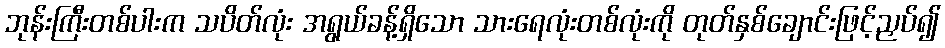
ဘုန်းကြီးတစ်ပါးက သပိတ်လုံး အရွယ်ခန့်ရှိသော သားရေလုံးတစ်လုံးကို တုတ်နှစ်ချောင်းဖြင့်ညှပ်၍